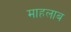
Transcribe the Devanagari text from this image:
माहलाब